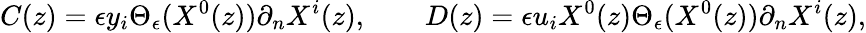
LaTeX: C(z)=\epsilon y_{i}\Theta_{\epsilon}(X^{0}(z))\partial_{n}X^{i}(z),\qquad D(z)=\epsilon u_{i}X^{0}(z)\Theta_{\epsilon}(X^{0}(z))\partial_{n}X^{i}(z),